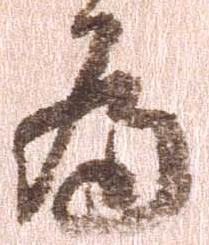
為